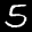
Label: 5